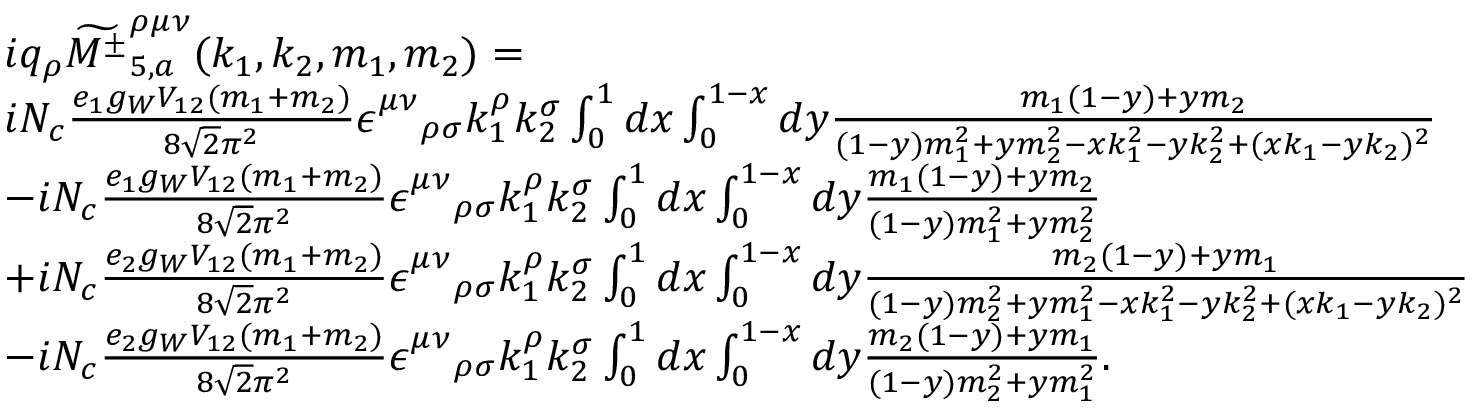
\begin{array} { r l } & { i q _ { \rho } \widetilde { { M ^ { \pm } } } _ { 5 , a } ^ { \rho \mu \nu } ( k _ { 1 } , k _ { 2 } , m _ { 1 } , m _ { 2 } ) = } \\ & { i N _ { c } \frac { e _ { 1 } g _ { W } V _ { 1 2 } ( m _ { 1 } + m _ { 2 } ) } { 8 \sqrt { 2 } \pi ^ { 2 } } \epsilon _ { \quad \rho \sigma } ^ { \mu \nu } k _ { 1 } ^ { \rho } k _ { 2 } ^ { \sigma } \int _ { 0 } ^ { 1 } d x \int _ { 0 } ^ { 1 - x } d y \frac { m _ { 1 } ( 1 - y ) + y m _ { 2 } } { ( 1 - y ) m _ { 1 } ^ { 2 } + y m _ { 2 } ^ { 2 } - x k _ { 1 } ^ { 2 } - y k _ { 2 } ^ { 2 } + ( x k _ { 1 } - y k _ { 2 } ) ^ { 2 } } } \\ & { - i N _ { c } \frac { e _ { 1 } g _ { W } V _ { 1 2 } ( m _ { 1 } + m _ { 2 } ) } { 8 \sqrt { 2 } \pi ^ { 2 } } \epsilon _ { \quad \rho \sigma } ^ { \mu \nu } k _ { 1 } ^ { \rho } k _ { 2 } ^ { \sigma } \int _ { 0 } ^ { 1 } d x \int _ { 0 } ^ { 1 - x } d y \frac { m _ { 1 } ( 1 - y ) + y m _ { 2 } } { ( 1 - y ) m _ { 1 } ^ { 2 } + y m _ { 2 } ^ { 2 } } } \\ & { + i N _ { c } \frac { e _ { 2 } g _ { W } V _ { 1 2 } ( m _ { 1 } + m _ { 2 } ) } { 8 \sqrt { 2 } \pi ^ { 2 } } \epsilon _ { \quad \rho \sigma } ^ { \mu \nu } k _ { 1 } ^ { \rho } k _ { 2 } ^ { \sigma } \int _ { 0 } ^ { 1 } d x \int _ { 0 } ^ { 1 - x } d y \frac { m _ { 2 } ( 1 - y ) + y m _ { 1 } } { ( 1 - y ) m _ { 2 } ^ { 2 } + y m _ { 1 } ^ { 2 } - x k _ { 1 } ^ { 2 } - y k _ { 2 } ^ { 2 } + ( x k _ { 1 } - y k _ { 2 } ) ^ { 2 } } } \\ & { - i N _ { c } \frac { e _ { 2 } g _ { W } V _ { 1 2 } ( m _ { 1 } + m _ { 2 } ) } { 8 \sqrt { 2 } \pi ^ { 2 } } \epsilon _ { \quad \rho \sigma } ^ { \mu \nu } k _ { 1 } ^ { \rho } k _ { 2 } ^ { \sigma } \int _ { 0 } ^ { 1 } d x \int _ { 0 } ^ { 1 - x } d y \frac { m _ { 2 } ( 1 - y ) + y m _ { 1 } } { ( 1 - y ) m _ { 2 } ^ { 2 } + y m _ { 1 } ^ { 2 } } . } \end{array}